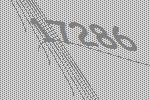
17286